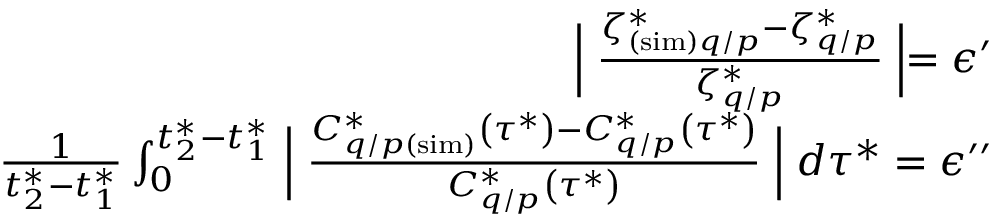
\begin{array} { r } { \Bigm \lvert \frac { \zeta _ { ( \mathrm { s i m } ) q / p } ^ { * } - \zeta _ { q / p } ^ { * } } { \zeta _ { q / p } ^ { * } } \Bigm \rvert = \epsilon ^ { \prime } } \\ { \frac { 1 } { t _ { 2 } ^ { * } - t _ { 1 } ^ { * } } \int _ { 0 } ^ { t _ { 2 } ^ { * } - t _ { 1 } ^ { * } } \Bigm \lvert \frac { C _ { q / p ( \mathrm { s i m } ) } ^ { * } \left( \tau ^ { * } \right) - C _ { q / p } ^ { * } \left( \tau ^ { * } \right) } { C _ { q / p } ^ { * } \left( \tau ^ { * } \right) } \Bigm \rvert d \tau ^ { * } = \epsilon ^ { \prime \prime } } \end{array}